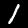
Label: 1